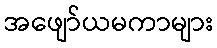
အဖျော်ယမကာများ